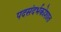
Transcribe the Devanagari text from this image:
पदसंदर्भकोशात